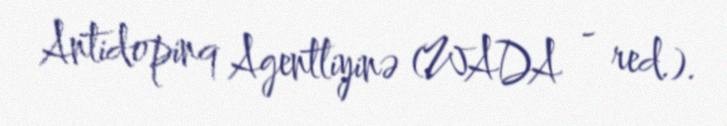
Antidopinq Agentliyinə (WADA - red.).